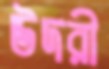
উদরী